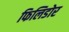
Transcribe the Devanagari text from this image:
फिलिडोर